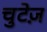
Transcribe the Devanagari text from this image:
चुटेज़